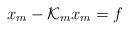
LaTeX: \begin{align*}x_m - \mathcal{K}_m x_m = f\end{align*}